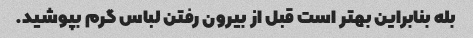
بله بنابراین بهتر است قبل از بیرون رفتن لباس گرم بپوشید.